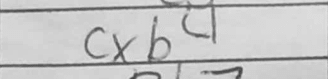
Transcription: cxb4